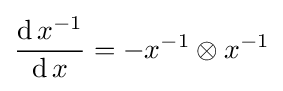
{\frac {\operatorname {d} x^{-1}}{\operatorname {d} x}}=-x^{-1}\otimes x^{-1}